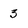
Character: 3